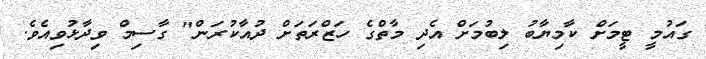
ގައުމީ ޓީމަށް ކާމިޔާބު ލިބުމަށް އެދި މާތްގެ ހަޒްރަތަށް ދުއާކުރަން" ގާސިމް ވިދާޅުވިއެވެ.